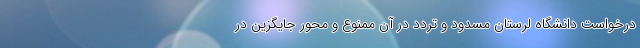
درخواست دانشگاه لرستان مسدود و تردد در آن ممنوع و محور جایگزین در